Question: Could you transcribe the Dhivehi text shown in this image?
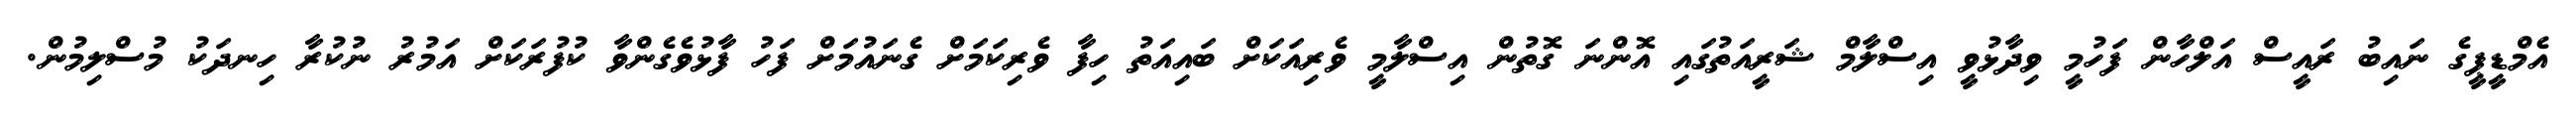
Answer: އެމްޑީޕީގެ ނައިބު ރައީސް އަލްހާން ފަހުމީ ވިދާޅުވީ އިސްލާމް ޝަރީއަތުގައި އޮންނަ ގޮތުން އިސްލާމީ ވެރިއަކަށް ބައިއަތު ހިފާ ވެރިކަމަށް ގެނައުމަށް ފަހު ފާޅުވެގެންވާ ކުފުރަކަށް އަމުރު ނުކުރާ ހިނދަކު މުސްލިމުން.